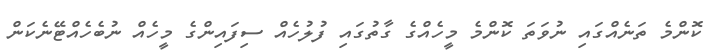
ކޮންމެ ތަނެއްގައި ނުވަތަ ކޮންމެ މީހެއްގެ ގާތުގައި ފުލުހެއް ސިފައިންގެ މީހެއް ނުބެހެއްޓޭނެކަން